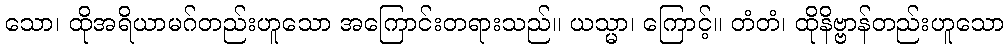
သော၊ ထိုအရိယာမဂ်တည်းဟူသော အကြောင်းတရားသည်။ ယသ္မာ၊ ကြောင့်။ တံတံ၊ ထိုနိဗ္ဗာန်တည်းဟူသော